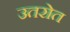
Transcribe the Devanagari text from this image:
उतरोत